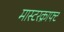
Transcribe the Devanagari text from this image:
मास्टरक्राफ्ट